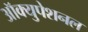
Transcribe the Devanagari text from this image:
ऑक्युपेशनल